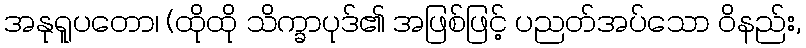
အနုရူပတော၊ (ထိုထို သိက္ခာပုဒ်၏ အဖြစ်ဖြင့် ပညတ်အပ်သော ဝိနည်း,